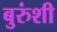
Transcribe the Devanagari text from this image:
बुरुंशी